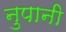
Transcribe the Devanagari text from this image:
नुपानी